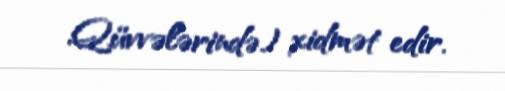
Qüvvələrində) xidmət edir.